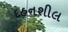
દહનશીલ